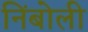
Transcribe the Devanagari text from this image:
निंबोली